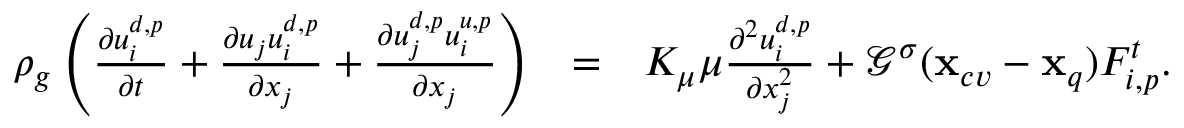
\begin{array} { r l r } { \rho _ { g } \left( \frac { \partial u _ { i } ^ { d , p } } { \partial t } + \frac { \partial u _ { j } u _ { i } ^ { d , p } } { \partial x _ { j } } + \frac { \partial u _ { j } ^ { d , p } u _ { i } ^ { u , p } } { \partial x _ { j } } \right) } & { = } & { { K _ { \mu } \mu } \frac { \partial ^ { 2 } { u _ { i } ^ { d , p } } } { \partial x _ { j } ^ { 2 } } + { \mathcal G } ^ { \sigma } ( \mathbf { x } _ { c v } - \mathbf { x } _ { q } ) F _ { i , p } ^ { t } . } \end{array}